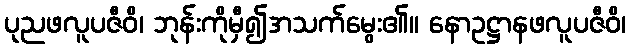
ပုညဖလူပဇီဝိ၊ ဘုန်းကိုမှီ၍အသက်မွေး၏။ နောဥဋ္ဌာနဖလူပဇီဝိ၊